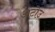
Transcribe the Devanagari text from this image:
अटोउ